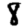
Digit: 8